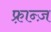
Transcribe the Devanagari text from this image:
फ़्रान्ज़